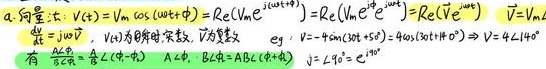
$a.\ 相量法:\ V(t)=V_m\cos(\omega t+\phi)=\text{Re}[V_m e^{j(\omega t+\phi)}]=\text{Re}[V_m e^{j\phi}e^{j\omega t}]=\text{Re}[\dot{V}e^{j\omega t}]\ \ \ \ \ \dot{V}=V_m\angle\phi$

$i = j\omega C\dot{V},\ \ \ \ \ \ \ \ \ \ \ \ \ \ \ \ \ \ \ \ \ \ \ \ \ \ \ \ \ \ \ \ \ \ \ \ \ \ \ \ \ \ \ \ \ \ \ \ \ \ \ \ \ \ \ \ \ \ \ \ \ \ \ \ \ \ \ \ \ \ \ \ \ \ \ \ \ \ \ \ \ \ \ \ \ \ \ \ \ \ \ \ \ \ \ \ \ \ \ \ \ \ \ \ \ \ \ \ \ \ \ \ \ \ \ \ \ \ \ \ \ \ \ \ \ \ \ \ \ \ \ \ \ \ \ \ \ \ \ \ \ \ \ \ \ \ \ \ \ \ \ \ \ \ \ \ \ \ \ \ \ \ \ \ \ \ \ \ \ \ \ \ \ \ \ \ \ \ \ \ \ \ \ \ \ \ \ \ \ \ \ \ \ \ \ \ \ \ \ \ \ \ \ \ \ \ \ \ \ \ \ \ \ \ \ \ \ \ \ \ \ \ \ \ \ \ \ \ \ \ \ \ \ \ \ \ \ \ \ \ \ \ \ \ \ \ \ \ \ \ \ \ \ \ \ \ \ \ \ \ \ \ \ \ \ \ \ \ \ \ \ \ \ \ \ \ \ \ \ \ \ \ \ \ \ \ \ \ \ \ \ \ \ \ \ \ \ \ \ \ \ \ \ \ \ \ \ \ \ \ \ \ \ \ \ \ \ \ \ \ \ \ \ \ \ \ \ \ \ \ \ \ \ \ \ \ \ \ \ \ \ \ \ \ \ \ \ \ \ \ \ \ \ \ \ \ \ \ \ \ \ \ \ \ \ \ \ \ \ \ \ \ \ \ \ \ \ \ \ \ \ \ \ \ \ \ \ \ \ \ \ \ \ \ \ \ \ \ \ \ \ \ \ \ \ \ \ \ \ \ \ \ \ \ \ \ \ \ \ \ \ \ \ \ \ \ \ \ \ \ \ \ \ \ \ \ \ \ \ \ \ \ \ \ \ \ \ \ \ \ \ \ \ \ \ \ \ \ \ \ \ \ \ \ \ \ \ \ \ \ \ \ \ \ \ \ \ \ \ \ \ \ \ \ \ \ \ \ \ \ \ \ \ \ \ \ \ \ \ \ \ \ \ \ \ \ \ \ \ \ \ \ \ \ \ \ \ \ \ \ \ \ \ \ \ \ \ \ \ \ \ \ \ \ \ \ \ \ \ \ \ \ \ \ \ \ \ \ \ \ \ \ \ \ \ \ \ \ \ \ \ \ \ \ \ \ \ \ \ \ \ \ \ \ \ \ \ \ \ \ \ \ \ \ \ \ \ \ \ \ \ \ \ \ \ \ \ \ \ \ \ \ \ \ \ \ \ \ \ \ \ \ \ \ \ \ \ \ \ \ \ \ \ \ \ \ \ \ \ \ \ \ \ \ \ \ \ \ \ \ \ \ \ \ \ \ \ \ \ \ \ \ \ \ \ \ \ \ \ \ \ \ \ \ \ \ \ \ \ \ \ \ \ \ \ \ \ \ \ \ \ \ \ \ \ \ \ \ \ \ \ \ \ \ \ \ \ \ \ \ \ \ \ \ \ \ \ \ \ \ \ \ \ \ \ \ \ \ \ \ \ \ \ \ \ \ \ \ \ \ \ \ \ \ \ \ \ \ \ \ \ \ \ \ \ \ \ \ \ \ \ \ \ \ \ \ \ \ \ \ \ \ \ \ \ \ \ \ \ \ \ \ \ \ \ \ \ \ \ \ \ \ \ \ \ \ \ \ \ \ \ \ \ \ \ \ \ \ \ \ \ \ \ \ \ \ \ \ \ \ \ \ \ \ \ \ \ \ \ \ \ \ \ \ \ \ \ \ \ \ \ \ \ \ \ \ \ \ \ \ \ \ \ \ \ \ \ \ \ \ \ \ \ \ \ \ \ \ \ \ \ \ \ \ \ \ \ \ \ \ \ \ \ \ \ \ \ \ \ \ \ \ \ \ \ \ \ \ \ \ \ \ \ \ \ \ \ \ \ \ \ \ \ \ \ \ \ \ \ \ \ \ \ \ \ \ \ \ \ \ \ \ \ \ \ \ \ \ \ \ \ \ \ \ \ \ \ \ \ \ \ \ \ \ \ \ \ \ \ \ \ \ \ \ \ \ \ \ \ \ \ \ \ \ \ \ \ \ \ \ \ \ \ \ \ \ \ \ \ \ \ \ \ \ \ \ \ \ \ \ \ \ \ \ \ \ \ \ \ \ \ \ \ \ \ \ \ \ \ \ \ \ \ \ \ \ \ \ \ \ \ \ \ \ \ \ \ \ \ \ \ \ \ \ \ \ \ \ \ \ \ \ \ \ \ \ \ \ \ \ \ \ \ \ \ \ \ \ \ \ \ \ \ \ \ \ \ \ \ \ \ \ \ \ \ \ \ \ \ \ \ \ \ \ \ \ \ \ \ \ \ \ \ \ \ \ \ \ \ \ \ \ \ \ \ \ \ \ \ \ \ \ \ \ \ \ \ \ \ \ \ \ \ \ \ \ \ \ \ \ \ \ \ \ \ \ \ \ \ \ \ \ \ \ \ \ \ \ \ \ \ \ \ \ \ \ \ \ \ \ \ \ \ \ \ \ \ \ \ \ \ \ \ \ \ \ \ \ \ \ \ \ \ \ \ \ \ \ \ \ \ \ \ \ \ \ \ \ \ \ \ \ \ \ \ \ \ \ \ \ \ \ \ \ \ \ \ \ \ \ \ \ \ \ \ \ \ \ \ \ \ \ \ \ \ \ \ \ \ \ \ \ \ \ \ \ \ \ \ \ \ \ \ \ \ \ \ \ \ \ \ \ \ \ \ \ \ \ \ \ \ \ \ \ \ \ \ \ \ \ \ \ \ \ \ \ \ \ \ \ \ \ \ \ \ \ \ \ \ \ \ \ \ \ \ \ \ \ \ \ \ \ \ \ \ \ \ \ \ \ \ \ \ \ \ \ \ \ \ \ \ \ \ \ \ \ \ \ \ \ \ \ \ \ \ \ \ \ \ \ \ \ \ \ \ \ \ \ \ \ \ \ \ \ \ \ \ \ \ \ \ \ \ \ \ \ \ \ \ \ \ \ \ \ \ \ \ \ \ \ \ \ \ \ \ \ \ \ \ \ \ \ \ \ \ \ \ \ \ \ \ \ \ \ \ \ \ \ \ \ \ \ \ \ \ \ \ \ \ \ \ \ \ \ \ \ \ \ \ \ \ \ \ \ \ \ \ \ \ \ \ \ \ \ \ \ \ \ \ \ \ \ \ \ \ \ \ \ \ \ \ \ \ \ \ \ \ \ \ \ \ \ \ \ \ \ \ \ \ \ \ \ \ \ \ \ \ \ \ \ \ \ \ \ \ \ \ \ \ \ \ \ \ \ \ \ \ \ \ \ \ \ \ \ \ \ \ \ \ \ \ \ \ \ \ \ \ \ \ \ \ \ \ \ \ \ \ \ \ \ \ \ \ \ \ \ \ \ \ \ \ \ \ \ \ \ \ \ \ \ \ \ \ \ \ \ \ \ \ \ \ \ \ \ \ \ \ \ \ \ \ \ \ \ \ \ \ \ \ \ \ \ \ \ \ \ \ \ \ \ \ \ \ \ \ \ \ \ \ \ \ \ \ \ \ \ \ \ \ \ \ \ \ \ \ \ \ \ \ \ \ \ \ \ \ \ \ \ \ \ \ \ \ \ \ \ \ \ \ \ \ \ \ \ \ \ \ \ \ \ \ \ \ \ \ \ \ \ \ \ \ \ \ \ \ \ \ \ \ \ \ \ \ \ \ \ \ \ \ \ \ \ \ \ \ \ \ \ \ \ \ \ \ \ \ \ \ \ \ \ \ \ \ \ \ \ \ \ \ \ \ \ \ \ \ \ \ \ \ \ \ \ \ \ \ \ \ \ \ \ \ \ \ \ \ \ \ \ \ \ \ \ \ \ \ \ \ \ \ \ \ \ \ \ \ \ \ \ \ \ \ \ \ \ \ \ \ \ \ \ \ \ \ \ \ \ \ \ \ \ \ \ \ \ \ \ \ \ \ \ \ \ \ \ \ \ \ \ \ \ \ \ \ \ \ \ \ \ \ \ \ \ \ \ \ \ \ \ \ \ \ \ \ \ \ \ \ \ \ \ \ \ \ \ \ \ \ \ \ \ \ \ \ \ \ \ \ \ \ \ \ \ \ \ \ \ \ \ \ \ \ \ \ \ \ \ \ \ \ \ \ \ \ \ \ \ \ \ \ \ \ \ \ \ \ \ \ \ \ \ \ \ \ \ \ \ \ \ \ \ \ \ \ \ \ \ \ \ \ \ \ \ \ \ \ \ \ \ \ \ \ \ \ \ \ \ \ \ \ \ \ \ \ \ \ \ \ \ \ \ \ \ \ \ \ \ \ \ \ \ \ \ \ \ \ \ \ \ \ \ \ \ \ \ \ \ \ \ \ \ \ \ \ \ \ \ \ \ \ \ \ \ \ \ \ \ \ \ \ \ \ \ \ \ \ \ \ \ \ \ \ \ \ \ \ \ \ \ \ \ \ \ \ \ \ \ \ \ \ \ \ \ \ \ \ \ \ \ \ \ \ \ \ \ \ \ \ \ \ \ \ \ \ \ \ \ \ \ \ \ \ \ \ \ \ \ \ \ \ \ \ \ \ \ \ \ \ \ \ \ \ \ \ \ \ \ \ \ \ \ \ \ \ \ \ \ \ \ \ \ \ \ \ \ \ \ \ \ \ \ \ \ \ \ \ \ \ \ \ \ \ \ \ \ \ \ \ \ \ \ \ \ \ \ \ \ \ \ \ \ \ \ \ \ \ \ \ \ \ \ \ \ \ \ \ \ \ \ \ \ \ \ \ \ \ \ \ \ \ \ \ \ \ \ \ \ \ \ \ \ \ \ \ \ \ \ \ \ \ \ \ \ \ \ \ \ \ \ \ \ \ \ \ \ \ \ \ \ \ \ \ \ \ \ \ \ \ \ \ \ \ \ \ \ \ \ \ \ \ \ \ \ \ \ \ \ \ \ \ \ \ \ \ \ \ \ \ \ \ \ \ \ \ \ \ \ \ \ \ \ \ \ \ \ \ \ \ \ \ \ \ \ \ \ \ \ \ \ \ \ \ \ \ \ \ \ \ \ \ \ \ \ \ \ \ \ \ \ \ \ \ \ \ \ \ \ \ \ \ \ \ \ \ \ \ \ \ \ \ \ \ \ \ \ \ \ \ \ \ \ \ \ \ \ \ \ \ \ \ \ \ \ \ \ \ \ \ \ \ \ \ \ \ \ \ \ \ \ \ \ \ \ \ \ \ \ \ \ \ \ \ \ \ \ \ \ \ \ \ \ \ \ \ \ \ \ \ \ \ \ \ \ \ \ \ \ \ \ \ \ \ \ \ \ \ \ \ \ \ \ \ \ \ \ \ \ \ \ \ \ \ \ \ \ \ \ \ \ \ \ \ \ \ \ \ \ \ \ \ \ \ \ \ \ \ \ \ \ \ \ \ \ \ \ \ \ \ \ \ \ \ \ \ \ \ \ \ \ \ \ \ \ \ \ \ \ \ \ \ \ \ \ \ \ \ \ \ \ \ \ \ \ \ \ \ \ \ \ \ \ \ \ \ \ \ \ \ \ \ \ \ \ \ \ \ \ \ \ \ \ \ \ \ \ \ \ \ \ \ \ \ \ \ \ \ \ \ \ \ \ \ \ \ \ \ \ \ \ \ \ \ \ \ \ \ \ \ \ \ \ \ \ \ \ \ \ \ \ \ \ \ \ \ \ \ \ \ \ \ \ \ \ \ \ \ \ \ \ \ \ \ \ \ \ \ \ \ \ \ \ \ \ \ \ \ \ \ \ \ \ \ \ \ \ \ \ \ \ \ \ \ \ \ \ \ \ \ \ \ \ \ \ \ \ \ \ \ \ \ \ \ \ \ \ \ \ \ \ \ \ \ \ \ \ \ \ \ \ \ \ \ \ \ \ \ \ \ \ \ \ \ \ \ \ \ \ \ \ \ \ \ \ \ \ \ \ \ \ \ \ \ \ \ \ \ \ \ \ \ \ \ \ \ \ \ \ \ \ \ \ \ \ \ \ \ \ \ \ \ \ \ \ \ \ \ \ \ \ \ \ \ \ \ \ \ \ \ \ \ \ \ \ \ \ \ \ \ \ \ \ \ \ \ \ \ \ \ \ \ \ \ \ \ \ \ \ \ \ \ \ \ \ \ \ \ \ \ \ \ \ \ \ \ \ \ \ \ \ \ \ \ \ \ \ \ \ \ \ \ \ \ \ \ \ \ \ \ \ \ \ \ \ \ \ \ \ \ \ \ \ \ \ \ \ \ \ \ \ \ \ \ \ \ \ \ \ \ \ \ \ \ \ \ \ \ \ \ \ \ \ \ \ \ \ \ \ \ \ \ \ \ \ \ \ \ \ \ \ \ \ \ \ \ \ \ \ \ \ \ \ \ \ \ \ \ \ \ \ \ \ \ \ \ \ \ \ \ \ \ \ \ \ \ \ \ \ \ \ \ \ \ \ \ \ \ \ \ \ \ \ \ \ \ \ \ \ \ \ \ \ \ \ \ \ \ \ \ \ \ \ \ \ \ \ \ \ \ \ \ \ \ \ \ \ \ \ \ \ \ \ \ \ \ \ \ \ \ \ \ \ \ \ \ \ \ \ \ \ \ \ \ \ \ \ \ \ \ \ \ \ \ \ \ \ \ \ \ \ \ \ \ \ \ \ \ \ \ \ \ \ \ \ \ \ \ \ \ \ \ \ \ \ \ \ \ \ \ \ \ \ \ \ \ \ \ \ \ \ \ \ \ \ \ \ \ \ \ \ \ \ \ \ \ \ \ \ \ \ \ \ \ \ \ \ \ \ \ \ \ \ \ \ \ \ \ \ \ \ \ \ \ \ \ \ \ \ \ \ \ \ \ \ \ \ \ \ \ \ \ \ \ \ \ \ \ \ \ \ \ \ \ \ \ \ \ \ \ \ \ \ \ \ \ \ \ \ \ \ \ \ \ \ \ \ \ \ \ \ \ \ \ \ \ \ \ \ \ \ \ \ \ \ \ \ \ \ \ \ \ \ \ \ \ \ \ \ \ \ \ \ \ \ \ \ \ \ \ \ \ \ \ \ \ \ \ \ \ \ \ \ \ \ \ \ \ \ \ \ \ \ \ \ \ \ \ \ \ \ \ \ \ \ \ \ \ \ \ \ \ \ \ \ \ \ \ \ \ \ \ \ \ \ \ \ \ \ \ \ \ \ \ \ \ \ \ \ \ \ \ \ \ \ \ \ \ \ \ \ \ \ \ \ \ \ \ \ \ \ \ \ \ \ \ \ \ \ \ \ \ \ \ \ \ \ \ \ \ \ \ \ \ \ \ \ \ \ \ \ \ \ \ \ \ \ \ \ \ \ \ \ \ \ \ \ \ \ \ \ \ \ \ \ \ \ \ \ \ \ \ \ \ \ \ \ \ \ \ \ \ \ \ \ \ \ \ \ \ \ \ \ \ \ \ \ \ \ \ \ \ \ \ \ \ \ \ \ \ \ \ \ \ \ \ \ \ \ \ \ \ \ \ \ \ \ \ \ \ \ \ \ \ \ \ \ \ \ \ \ \ \ \ \ \ \ \ \ \ \ \ \ \ \ \ \ \ \ \ \ \ \ \ \ \ \ \ \ \ \ \ \ \ \ \ \ \ \ \ \ \ \ \ \ \ \ \ \ \ \ \ \ \ \ \ \ \ \ \ \ \ \ \ \ \ \ \ \ \ \ \ \ \ \ \ \ \ \ \ \ \ \ \ \ \ \ \ \ \ \ \ \ \ \ \ \ \ \ \ \ \ \ \ \ \ \ \ \ \ \ \ \ \ \ \ \ \ \ \ \ \ \ \ \ \ \ \ \ \ \ \ \ \ \ \ \ \ \ \ \ \ \ \ \ \ \ \ \ \ \ \ \ \ \ \ \ \ \ \ \ \ \ \ \ \ \ \ \ \ \ \ \ \ \ \ \ \ \ \ \ \ \ \ \ \ \ \ \ \ \ \ \ \ \ \ \ \ \ \ \ \ \ \ \ \ \ \ \ \ \ \ \ \ \ \ \ \ \ \ \ \ \ \ \ \ \ \ \ \ \ \ \ \ \ \ \ \ \ \ \ \ \ \ \ \ \ \ \ \ \ \ \ \ \ \ \ \ \ \ \ \ \ \ \ \ \ \ \ \ \ \ \ \ \ \ \ \ \ \ \ \ \ \ \ \ \ \ \ \ \ \ \ \ \ \ \ \ \ \ \ \ \ \ \ \ \ \ \ \ \ \ \ \ \ \ \ \ \ \ \ \ \ \ \ \ \ \ \ \ \ \ \ \ \ \ \ \ \ \ \ \ \ \ \ \ \ \ \ \ \ \ \ \ \ \ \ \ \ \ \ \ \ \ \ \ \ \ \ \ \ \ \ \ \ \ \ \ \ \ \ \ \ \ \ \ \ \ \ \ \ \ \ \ \ \ \ \ \ \ \ \ \ \ \ \ \ \ \ \ \ \ \ \ \ \ \ \ \ \ \ \ \ \ \ \ \ \ \ \ \ \ \ \ \ \ \ \ \ \ \ \ \ \ \ \ \ \ \ \ \ \ \ \ \ \ \ \ \ \ \ \ \ \ \ \ \ \ \ \ \ \ \ \ \ \ \ \ \ \ \ \ \ \ \ \ \ \ \ \ \ \ \ \ \ \ \ \ \ \ \ \ \ \ \ \ \ \ \ \ \ \ \ \ \ \ \ \ \ \ \ \ \ \ \ \ \ \ \ \ \ \ \ \ \ \ \ \ \ \ \ \ \ \ \ \ \ \ \ \ \ \ \ \ \ \ \ \ \ \ \ \ \ \ \ \ \ \ \ \ \ \ \ \ \ \ \ \ \ \ \ \ \ \ \ \